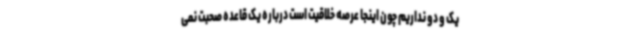
یک و دو نداریم چون اینجا عرصه خلاقیت است درباره یک قاعده صحبت نمی